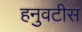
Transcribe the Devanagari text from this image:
हनुवटीस